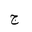
Letter: _gim